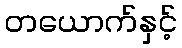
တယောက်နှင့်